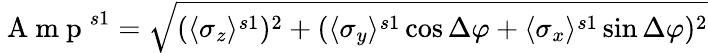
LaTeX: \mathrm{~A~m~p~}^{s1}=\sqrt{(\langle\sigma_{z}\rangle^{s1})^{2}+(\langle\sigma_{y}\rangle^{s1}\cos\Delta\varphi+\langle\sigma_{x}\rangle^{s1}\sin\Delta\varphi)^{2}}